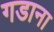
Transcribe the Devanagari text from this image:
गडाना